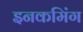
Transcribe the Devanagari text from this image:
इनकमिंग